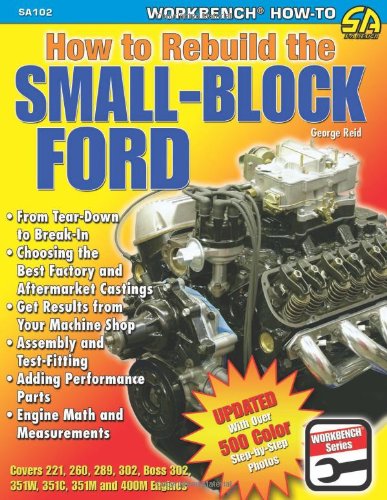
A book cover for How to Rebuild the Small-Block Ford (S-A Design); George Reid; Engineering & Transportation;